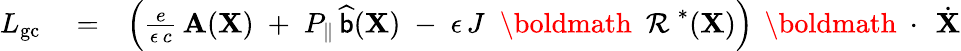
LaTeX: \begin{array}{rlr}{L_{\mathrm{gc}}}&{{}=}&{\left(\frac{e}{\epsilon\, c}\, {\mathbf A}({\mathbf X})\; +\; P_{\| }\, \widehat{{\sf b}}({\mathbf X})\; -\; \epsilon\, J\; \mathrm{~\boldmath~\cal~R~}^{*}({\mathbf X})\right)\, \mathrm{~\boldmath~\cdot~}\, \dot{\mathbf X}}\end{array}